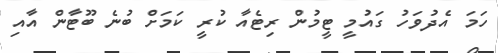
ހަމަ އެދުވަހު ގައުމީ ޓީމުން ރިޓެއާ ކުރީ ކަމަށް ބުނެ ބޫޓާން އާއި